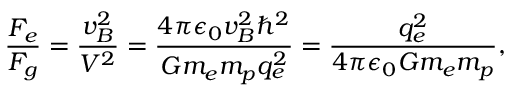
\frac { F _ { e } } { F _ { g } } = \frac { v _ { B } ^ { 2 } } { V ^ { 2 } } = \frac { 4 \pi \epsilon _ { 0 } v _ { B } ^ { 2 } \hbar ^ { 2 } } { G m _ { e } m _ { p } q _ { e } ^ { 2 } } = \frac { q _ { e } ^ { 2 } } { 4 \pi \epsilon _ { 0 } G m _ { e } m _ { p } } ,